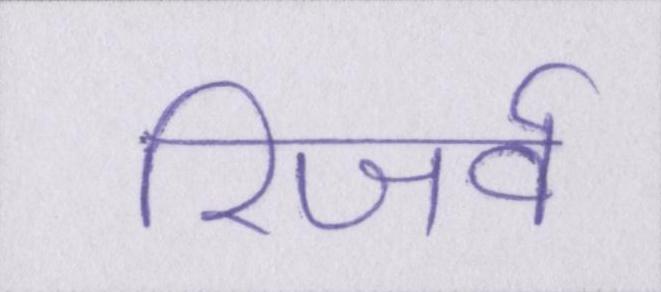
रिजर्व